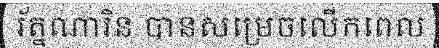
រ័ត្នណារិន បានសម្រេចលើកពេល